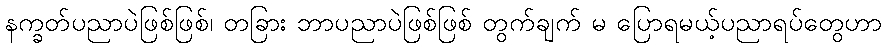
နက္ခတ်ပညာပဲဖြစ်ဖြစ်၊ တခြား ဘာပညာပဲဖြစ်ဖြစ် တွက်ချက် မ ပြောရမယ့်ပညာရပ်တွေဟာ